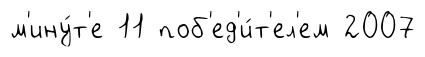
м'ину́т'е 11 поб'ед'и́т'ел'ем 2007